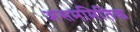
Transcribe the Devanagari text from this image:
असममितिक